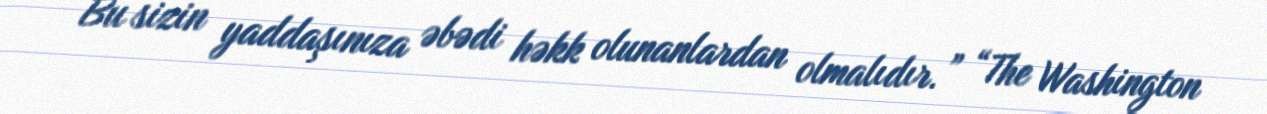
Bu sizin yaddaşınıza əbədi həkk olunanlardan olmalıdır.” “The Washington